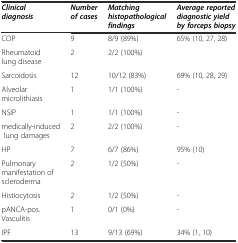
<table><thead><tr><td><b><i>Clinical diagnosis</i></b></td><td><b><i>Number of cases</i></b></td><td><b><i>Matching histopathological findings</i></b></td><td><b><i>Average reported diagnostic yield by forceps biopsy</i></b></td></tr></thead><tbody><tr><td>COP</td><td>9</td><td>8/9 (89%)</td><td>65% (10, 27, 28)</td></tr><tr><td>Rheumatoid lung disease</td><td>2</td><td>2/2 (100%)</td><td></td></tr><tr><td>Sarcoidosis</td><td>12</td><td>10/12 (83%)</td><td>69% (10, 28, 29)</td></tr><tr><td>Alveolar microlithiasis</td><td>1</td><td>1/1 (100%)</td><td>-</td></tr><tr><td>NSIP</td><td>1</td><td>1/1 (100%)</td><td>-</td></tr><tr><td>medically-induced lung damages</td><td>2</td><td>2/2 (100%)</td><td>-</td></tr><tr><td>HP</td><td>7</td><td>6/7 (86%)</td><td>95% (10)</td></tr><tr><td>Pulmonary manifestation of scleroderma</td><td>2</td><td>1/2 (50%)</td><td>-</td></tr><tr><td>Histiocytosis</td><td>2</td><td>1/2 (50%)</td><td>-</td></tr><tr><td>pANCA-pos. Vasculitis</td><td>1</td><td>0/1 (0%)</td><td>-</td></tr><tr><td>IPF</td><td>13</td><td>9/13 (69%)</td><td>34% (1, 10)</td></tr></tbody></table>